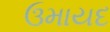
ઉમાયદ